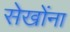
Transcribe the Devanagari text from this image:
सेखोंना